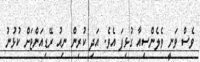
ވެސް ވަނީ ވެލެންސިއާ ގުޅިފަ އެވެ. އަދި ކުރިން ނިއު ރޭޑިއަންޓަށް ކުޅުނު